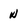
Character: N